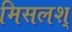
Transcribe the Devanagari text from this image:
मिसलश्